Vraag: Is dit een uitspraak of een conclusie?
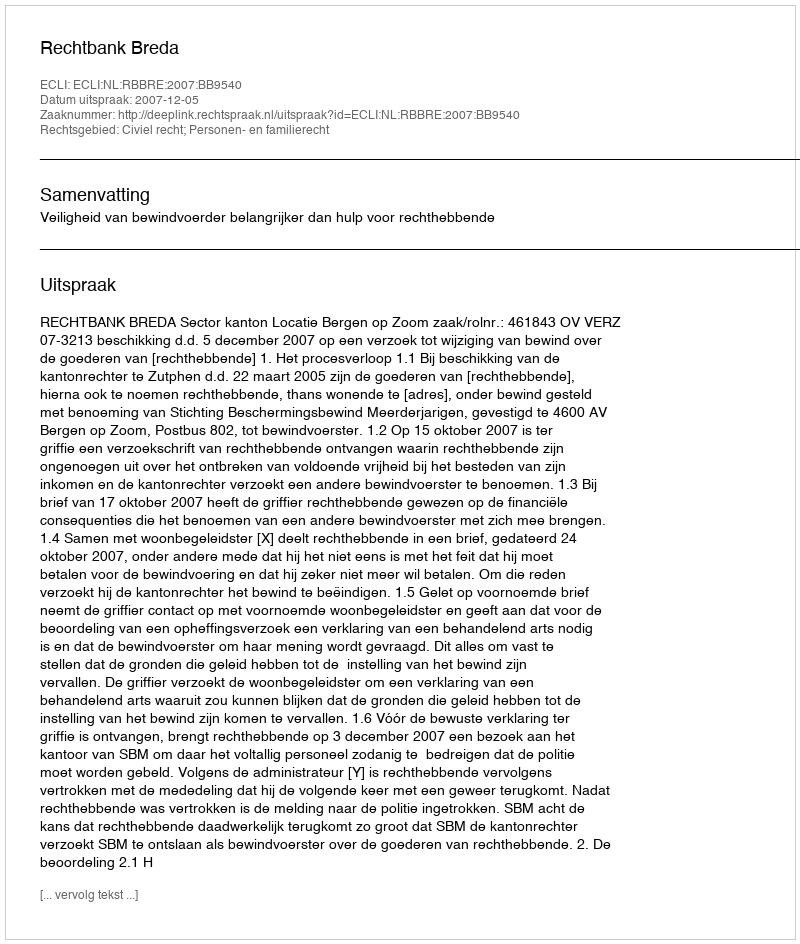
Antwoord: Uitspraak